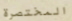
المختصرة